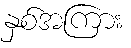
နှစ်အကြား